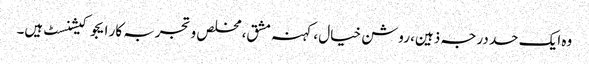
وہ ایک حد درجہ ذہین، روشن خیال ، کہنہ مشق، مخلص و تجربہ کار ایجوکیشنسٹ ہیں۔